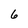
Character: 6